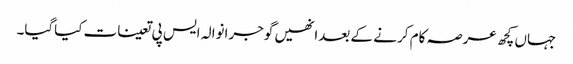
جہاں کچھ عرصہ کام کر نے کے بعدانھیں گوجرانوالہ ایس پی تعینات کیاگیا۔